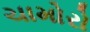
ચામોરો